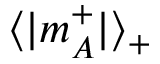
\langle | m _ { A } ^ { + } | \rangle _ { + }